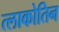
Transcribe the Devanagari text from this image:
त्लाकोतिन